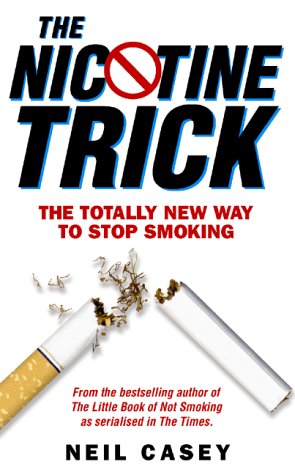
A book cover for The Nicotine Trick: The Totally New Way to Stop Smoking; Neil Casey; Health, Fitness & Dieting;